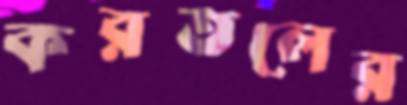
করতলের